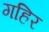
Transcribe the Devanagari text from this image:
गहिर